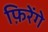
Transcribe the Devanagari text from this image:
फ़िरेंगे